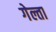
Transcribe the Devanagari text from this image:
गेल्ता